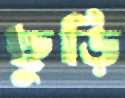
ছুড়ি